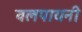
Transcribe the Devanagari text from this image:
वलपायनी